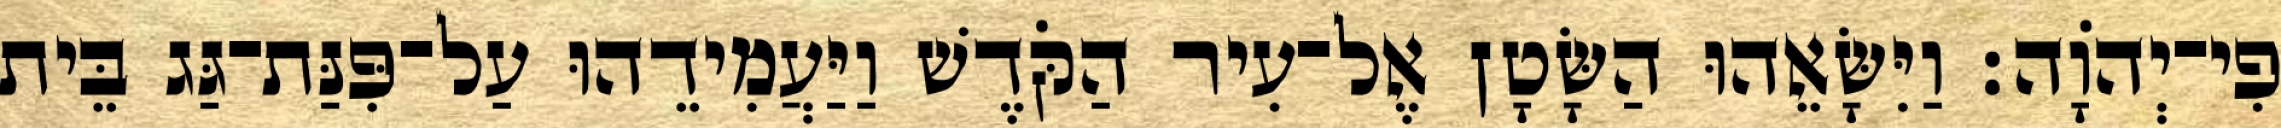
פִי־יְהוָֹה׃ וַיִּשָּׂאֵהוּ הַשָּׂטָן אֶל־עִיר הַקֹּדֶשׁ וַיַּעֲמִידֵהוּ עַל־פִּנַּת־גַּג בֵּית